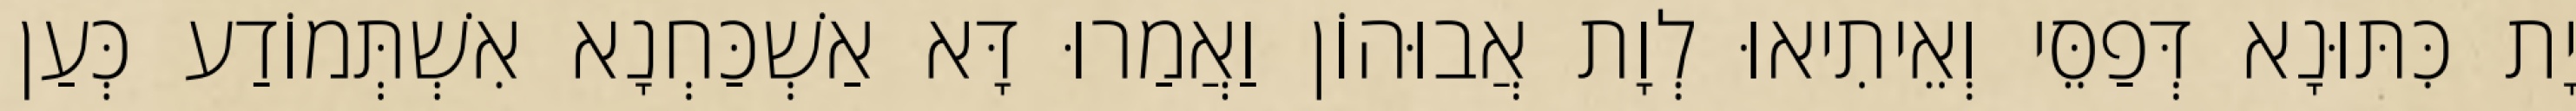
יָת כִּתּוּנָא דְּפַסֵּי וְאֵיתִיאוּ לְוָת אֲבוּהוֹן וַאֲמַרוּ דָּא אַשְׁכַּחְנָא אִשְׁתְּמוֹדַע כְּעַן